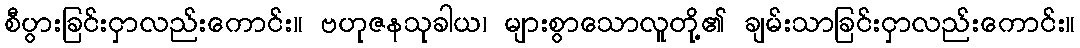
စီပွားခြင်းငှာလည်းကောင်း။ ဗဟုဇနသုခါယ၊ များစွာသောလူတို့၏ ချမ်းသာခြင်းငှာလည်းကောင်း။